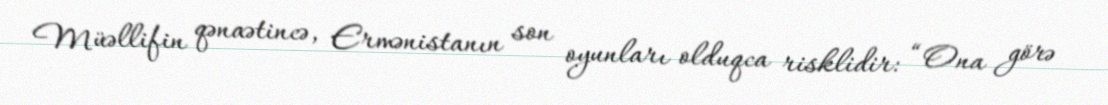
Müəllifin qənaətincə, Ermənistanın son oyunları olduqca risklidir: “Ona görə